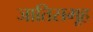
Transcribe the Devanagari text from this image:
जातिसमूह